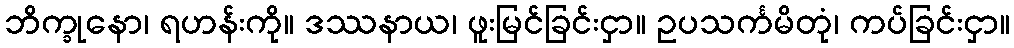
ဘိက္ခုနော၊ ရဟန်းကို။ ဒဿနာယ၊ ဖူးမြင်ခြင်းငှာ။ ဥပသင်္ကမိတုံ၊ ကပ်ခြင်းငှာ။